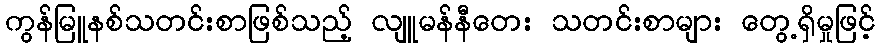
ကွန်မြူနစ်သတင်းစာဖြစ်သည့် လျူမန်နီတေး သတင်းစာများ တွေ့ရှိမှုဖြင့်